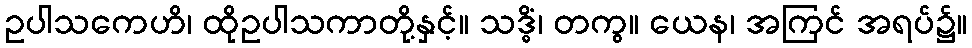
ဥပါသကေဟိ၊ ထိုဥပါသကာတို့နှင့်။ သဒ္ဓိံ၊ တကွ။ ယေန၊ အကြင် အရပ်၌။